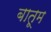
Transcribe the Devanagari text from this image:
बातूम